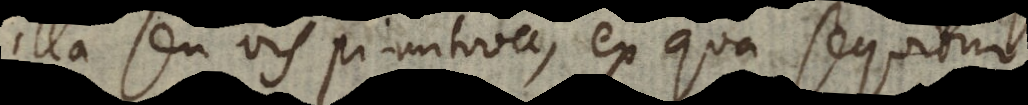
illa seu vis primitiva, ex qua sequitur